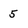
Character: 5